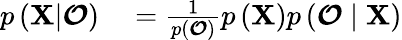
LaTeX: \begin{array}{rl}{p\left({\mathbf X}|\boldsymbol{\mathcal{O}}\right)}&{{}=\frac{1}{p\left(\boldsymbol{\mathcal{O}}\right)}p\left({\mathbf X}\right)p\left(\boldsymbol{\mathcal{O}}\mid\mathbf X\right)}\end{array}